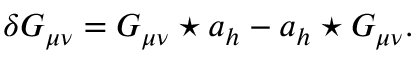
\delta G _ { \mu \nu } = G _ { \mu \nu } \star a _ { h } - a _ { h } \star G _ { \mu \nu } .